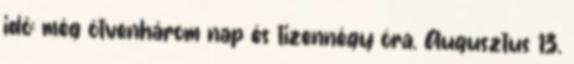
idő: még ötvenhárom nap és tizennégy óra. Augusztus 13.